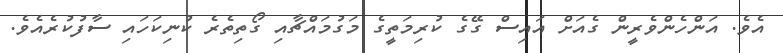
އެވެ. އަންހެންވެރީން ގެއަށް އައިސް ގޭގެ ކުރިމަތީގެ މަގުމައްޗާއި ގޯތިތެރެ ކުނިކަހައި ސާފުކުރެއެވެ.